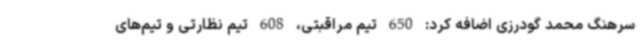
سرهنگ محمد گودرزی اضافه کرد: 650 تیم مراقبتی، 608 تیم نظارتی و تیم‌های